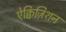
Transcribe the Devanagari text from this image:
ऐक्विज़िशन